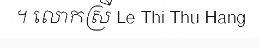
។ លោកស្រី Le Thi Thu Hang